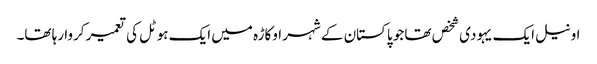
اونیل ایک یہودی شخص تھا جو پاکستان کے شہر اوکاڑہ میں ایک ہوٹل کی تعمیر کروا رہا تھا۔